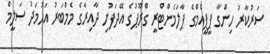
ސަރުކާރު ހިންގާ ޕީޕީއެމްގެ ޕާލަމެންޓްރީ ގްރޫޕުގެ އޭދަފުށި ދާއިރާގެ މެމްބަރު އަހުމަދު ސަލީމް